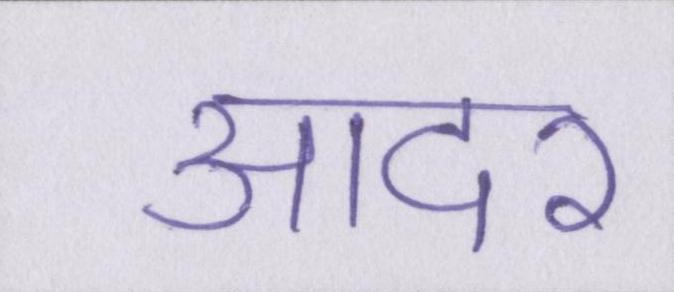
आदर